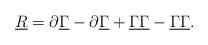
LaTeX: \begin{align*}\underline{R} = \partial\underline{\Gamma} - \partial\underline{\Gamma} +{\underline{\Gamma}} \underline{\Gamma} - {\underline{\Gamma}} \underline{\Gamma}.\end{align*}